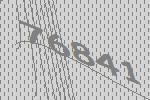
76841